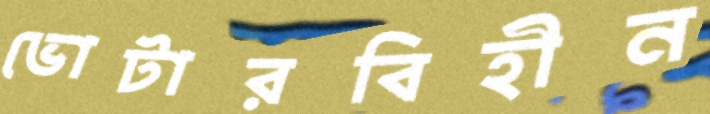
ভোটারবিহীন